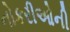
નોકરીઓની